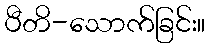
ပီတိ-သောက်ခြင်း။